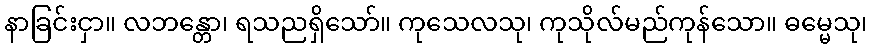
နာခြင်းငှာ။ လဘန္တော၊ ရသညရှိသော်။ ကုသေလသု၊ ကုသိုလ်မည်ကုန်သော။ ဓမ္မေသု၊